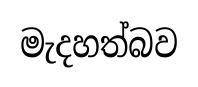
මැදහත්බව